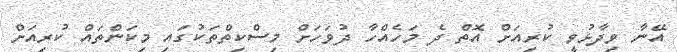
އޭނާ ވިދާޅުވީ ކުރިއަށް އޮތް ދެ މަހެއްހާ ދުވަހަށް މިސްކިތްތަކުގައި މިކަންތައް ކުރިއަށް